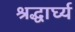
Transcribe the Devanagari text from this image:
श्रद्धार्घ्य